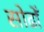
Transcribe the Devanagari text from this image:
सोढोँ